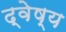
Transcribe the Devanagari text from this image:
द्वेष्य